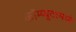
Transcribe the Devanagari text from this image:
कॉम्प्युटरमध्ये